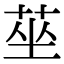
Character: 莝